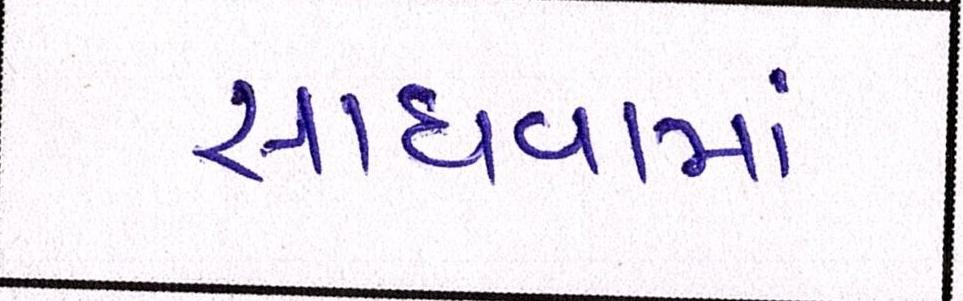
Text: સાધવામાં